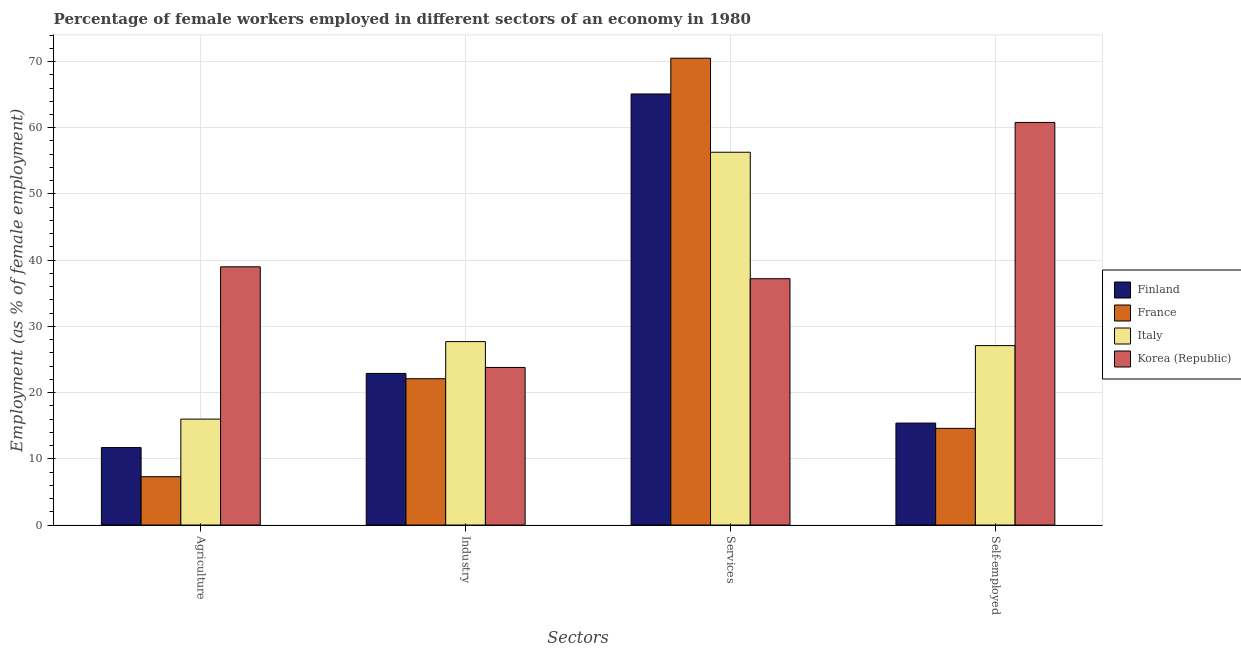
| Sectors | Finland | France | Italy | Korea (Republic) |
 | --- | --- | --- | --- | --- |
 | Agriculture | 11.7 | 7.3 | 16 | 39 |
 | Industry | 22.9 | 22.1 | 27.7 | 23.8 |
 | Services | 65.1 | 70.5 | 56.3 | 37.2 |
 | Self-employed | 15.4 | 14.6 | 27.1 | 60.8 |